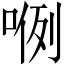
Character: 𭈖